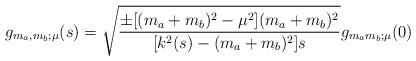
LaTeX: \begin{align*}g_{m_a,m_b;\mu}(s)=\sqrt{ { \pm [(m_a+m_b)^2 -\mu^2](m_a+m_b)^2\over[k^2(s)-(m_a+m_b)^2]s} }g_{m_am_b;\mu}(0)\end{align*}